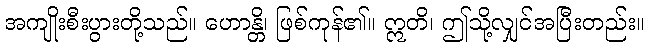
အကျိုးစီးပွားတို့သည်။ ဟောန္တိ၊ ဖြစ်ကုန်၏။ ဣတိ၊ ဤသို့လျှင်အပြီးတည်း။